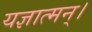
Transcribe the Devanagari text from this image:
यज्ञात्मन्‌।